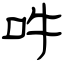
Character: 吽